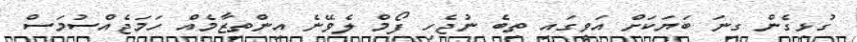
ގުޅިގެން ގިނަ ބަޔަކަށް އަވީގައި ތިބެ ނުޖެހި ފޯމް ލެވޭނެ އިންތިޒާމެއް ހަމަޖެއްސުމަސް